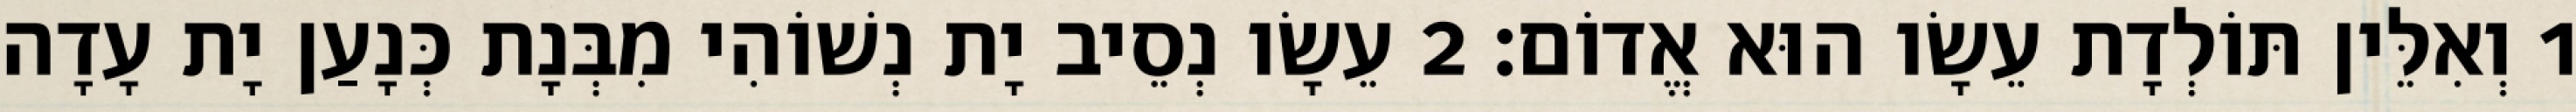
1 וְאִלֵּין תּוֹלְדָת עֵשָׂו הוּא אֱדוֹם׃ 2 עֵשָׂו נְסֵיב יָת נְשׁוֹהִי מִבְּנָת כְּנָעַן יָת עָדָה